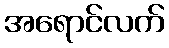
အရောင်လက်